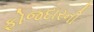
ફોજદારની